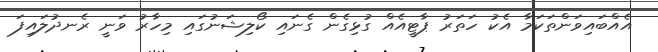
އެއްބައިވަންތަކަމާ އެކު ހަތަރު ޕާޓީއެއް ގުޅިގެން ގެނައި ކޯލިޝަނުގައި މިހާރު ވަނީ ރެނދުލައިފަ